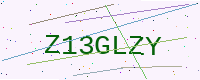
Text: Z13GLZY